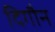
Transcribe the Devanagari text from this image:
दिगौन